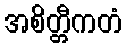
အစိတ္တီကတံ